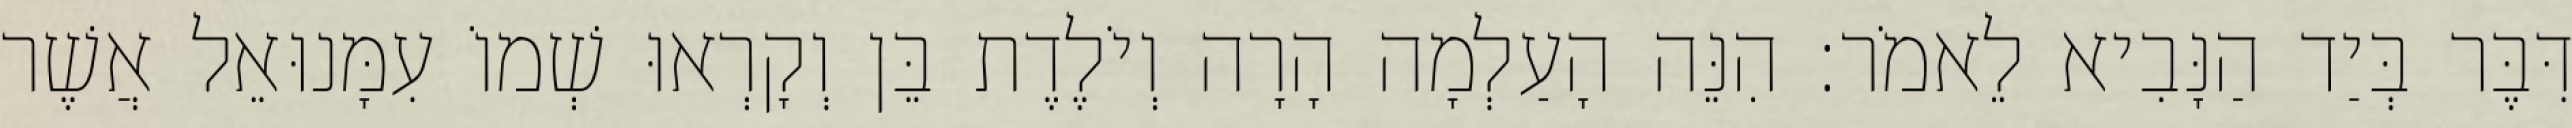
דִּבֶּר בְּיַד הַנָּבִיא לֵאמֹר׃ הִנֵּה הָעַלְמָה הָרָה וְיֹלֶדֶת בֵּן וְקָרְאוּ שְׁמוֹ עִמָּנוּאֵל אֲשֶׁר